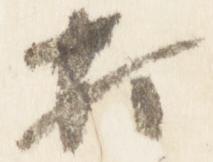
打